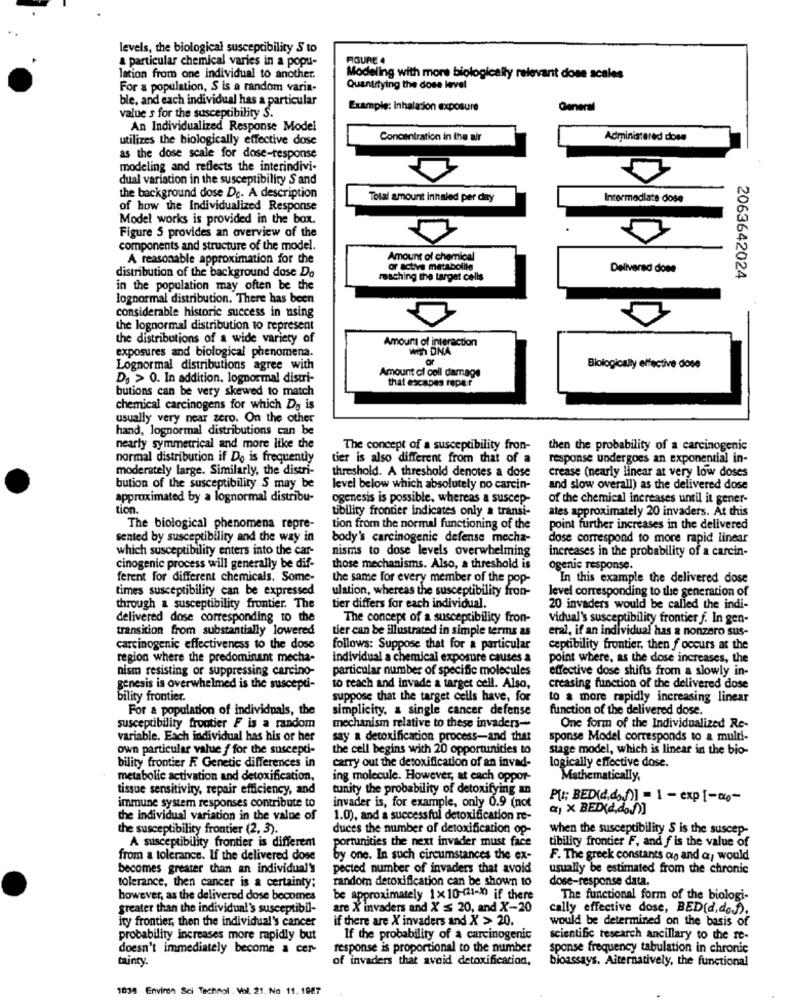
levels, the biological susceptibility 5 to
a particular chemical varies in a popu-
FIGURE 4
lation from one individual to another.
Modeling with more biologically relevant done scales
For a population, S is a random varia-
Quantitying the dose level
ble, and each individual has a particular
value s for the susceptibility S.
Example: Inhalation exposure
General
An Individualized Response Model
utilizes the biologically effective dose
Concentration in the air
Administered dose
as the dose scale for dose-response
modeling and reflects the interindivi-
dual variation in the susceptibility S and
the background dose De. A description
Total amount inhaled per day
Intermediate dosa
of how the Individualized Response
Model works is provided in the box.
Figure 5 provides an overview of the
components and structure of the model.
A reasonable approximation for the
Amount of chemical
distribution of the background dose Do
or active metabolite
Delivered done
reaching the target cells
2063642024
in the population may often be the
lognormal distribution. There has been
considerable historic success in using
the lognormal distribution to represent
the distributions of a wide variety of
Amount of interaction
exposures and biological phenomena.
with DNA
Lognormal distributions agree with
Amount of cell damage
Biologically effective dose
Ds > 0. In addition, lognormal distri-
that escapes repair
butions can be very skewed to match
chemical carcinogens for which Do is
usually very near zero. On the other
hand, lognormal distributions can be
nearly symmetrical and more like the
The concept of a susceptibility fron-
then the probability of a carcinogenic
normal distribution if Do is frequently
tier is also different from that of a
response undergoes an exponential in-
moderately large. Similarly, the distri-
threshold. A threshold denotes a dose
crease (nearly linear at very low doses
bution of the susceptibility S may be
level below which absolutely no carcin-
and slow overall) as the delivered dose
approximated by a lognormal distribu-
ogenesis is possible, whereas a suscep-
of the chemical increases until it gener-
tion.
tibility frontier indicates only a transi-
ates approximately 20 invaders. At this
The biological phenomena repre-
tion from the normal functioning of the
point further increases in the delivered
sented by susceptibility and the way in
body's carcinogenic defense mecha-
dose correspond to more rapid linear
which susceptibility enters into the car-
nisms to dose levels overwhelming
increases in the probability of a carcin-
cinogenic process will generally be dif-
those mechanisms. Also, a threshold is
ogenie response.
ferent for different chemicals. Some-
the same for every member of the pop-
In this example the delivered dose
times susceptibility can be expressed
ulation, whereas the susceptibility fron-
level corresponding to the generation of
through & susceptibility frontier. The
tier differs for each individual.
20 invaders would be called the indi-
delivered dose corresponding to the
The concept of a susceptibility fron-
vidual's susceptibility frontier f. In gen-
transition from substantially lowered
tier can be illustrated in simple terms as
eral, if an individual has a nonzero sus-
carcinogenic effectiveness to the dose
follows: Suppose that for a particular
ceptibility frontier, then f occurs at the
region where the predominant mecha-
individual a chemical exposure causes a
point where, as the dose increases, the
nism resisting or suppressing carcino-
particular number of specific molecules
effective dose shifts from a slowly in-
genesis is overwhelmed is the suscepti-
to reach and invade a target cell. Also,
creasing function of the delivered dose
bility frontier.
suppose that the target cells have, for
to a more rapidly increasing linear
For a population of individuals, the
simplicity, a single cancer defense
function of the delivered dose.
susceptibility frontier F is a random
mechanism relative to these invaders-
One form of the Individualized Re-
variable. Each individual has his or her
say a detoxification process-and that
sponse Model corresponds to a multi-
own particular value f for the suscepti-
the cell begins with 20 opportunities to
stage model, which is linear in the bio-
bility frontier R Genetic differences in
carry out the detoxification of an invad-
logically effective dose.
metabolic activation and detoxification,
ing molecule. However, at each oppor-
Mathematically,
tissue sensitivity, repair efficiency, and
tunity the probability of detoxifying an
immune system responses contribute to
Pu; BED(d.d. f)] = 1 - exp [ ---
invader is, for example, only 0.9 (not
a) x BED(d.do.f)]
the individual variation in the value of
1.0), and a successful detoxification re-
the susceptibility frontier (2, 3).
duces the number of detoxification op-
when the susceptibility S is the suscep-
portunities the next invader must face
tibility frontier F, and f is the value of
A susceptibility frontier is different
from a tolerance. If the delivered dose
by one. In such circumstances the ex-
F. The greek constants og and a, would
becomes greater than an individual's
pected number of invaders that avoid
usually be estimated from the chronic
random detoxification can be shown to
dose-response data.
tolerance, then cancer is a certainty;
however, as the delivered dose becomes
be approximately 1 x10-121-3) if there
The functional form of the biologi-
greater than the individual's susceptibil-
are X invaders and X ≤ 20, and X-20
cally effective dose, BED(d,dof).
ity frontier, then the individual's cancer
if there are X invaders and X > 20.
would be determined on the basis of
probability increases more rapidly but
If the probability of a carcinogenic
scientific research ancillary to the re-
doesn't immediately become a cer-
response is proportional to the number
sponse frequency tabulation in chronic
tainty.
of invaders that avoid detoxification,
bioassays. Alternatively, the functional
1038 Environ Sci Technol . Vol. 21. No 11. 1967